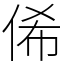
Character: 俙